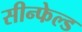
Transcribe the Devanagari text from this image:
सीन्फेल्ड